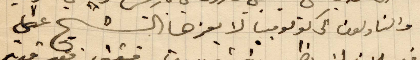
والناولون الى كولومبيا لا يعزها الشيخ علي